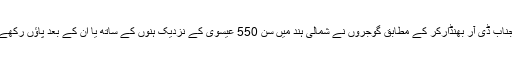
جناب ڈی آر بھنڈارکر کے مطابق گوجروں نے شمالی ہند میں سن 550 عیسوی کے نزدیک ہنوں کے ساتھ یا ان کے بعد پاؤں رکھے۔